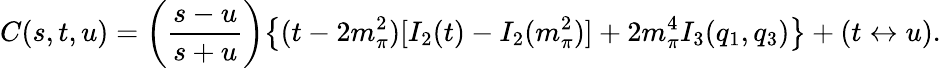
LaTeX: C(s,t,u)=\left(\frac{s-u}{s+u}\right)\! \left\{ (t-2m_{\pi}^{2})[I_{2}(t)-I_{2}(m_{\pi}^{2})]+2m_{\pi}^{4}I_{3}(q_{1},q_{3})\right\} +(t\leftrightarrow u).